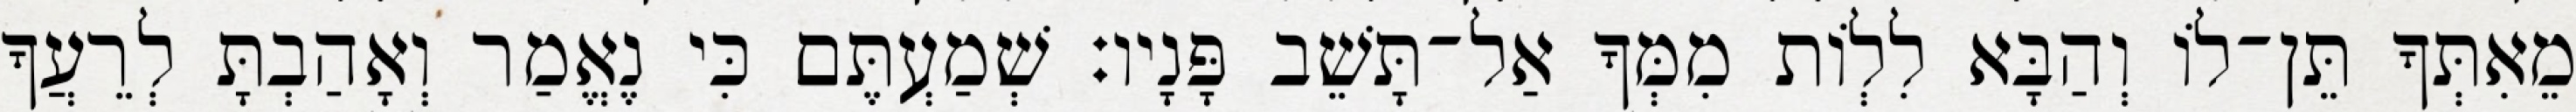
מֵאִתְּךָ תֵּן־לוֹ וְהַבָּא לִלְוֹת מִמְּךָ אַל־תָּשֵׁב פָּנָיו׃ שְׁמַעְתֶּם כִּי נֶאֱמַר וְאָהַבְתָּ לְרֵעֲךָ